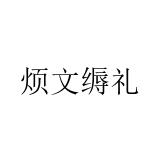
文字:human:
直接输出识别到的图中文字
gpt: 烦文缛礼